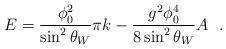
LaTeX: \begin{align*}E=\frac{\phi^2_0}{\sin^2 \theta_W} \pi k - \frac{g^2 \phi^4_0}{8 \sin ^2 \theta_W} A~~.\end{align*}